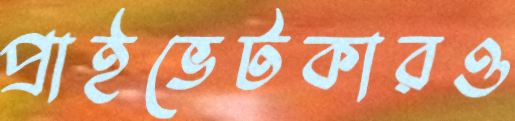
প্রাইভেটকারও